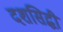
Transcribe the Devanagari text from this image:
दशसिद्धी